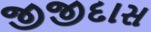
જીજીદાસ